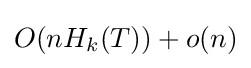
O(nH_{k}(T))+o(n)